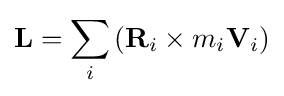
\mathbf {L} =\sum _{i}\left(\mathbf {R} _{i}\times m_{i}\mathbf {V} _{i}\right)